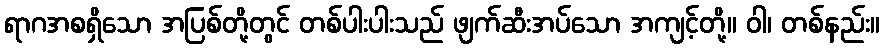
ရာဂအစရှိသော အပြစ်တို့တွင် တစ်ပါးပါးသည် ဖျက်ဆီးအပ်သော အကျင့်တို့။ ဝါ၊ တစ်နည်း။